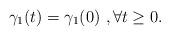
LaTeX: \begin{align*}\gamma_1(t)=\gamma_1(0) \ , \forall t \ge 0.\end{align*}